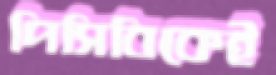
পিসিবিকেই